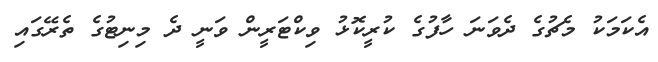
އެކަމަކު މެޗުގެ ދެވަނަ ހާފުގެ ކުރީކޮޅު ވިކްޓަރީން ވަނީ ދެ މިނިޓުގެ ތެރޭގައި